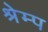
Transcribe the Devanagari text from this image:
श्रेम्प